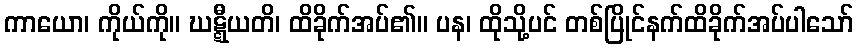
ကာယော၊ ကိုယ်ကို။ ဃဋ္ဋီယတိ၊ ထိခိုက်အပ်၏။ ပန၊ ထိုသို့ပင် တစ်ပြိုင်နက်ထိခိုက်အပ်ပါသော်